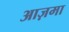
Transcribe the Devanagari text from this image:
आज़मा